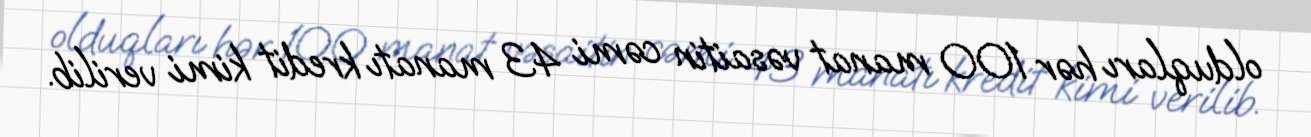
olduqları hər 100 manat vəsaitin cəmi 43 manatı kredit kimi verilib.